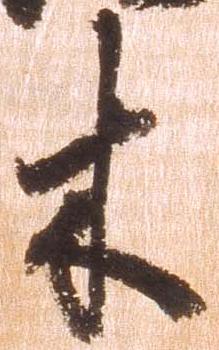
木